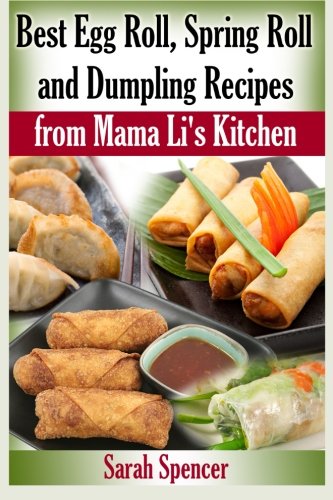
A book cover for Best Egg Roll, Spring Roll and Dumpling Recipes from Mama Li's Kitchen; Sarah Spencer; Cookbooks, Food & Wine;